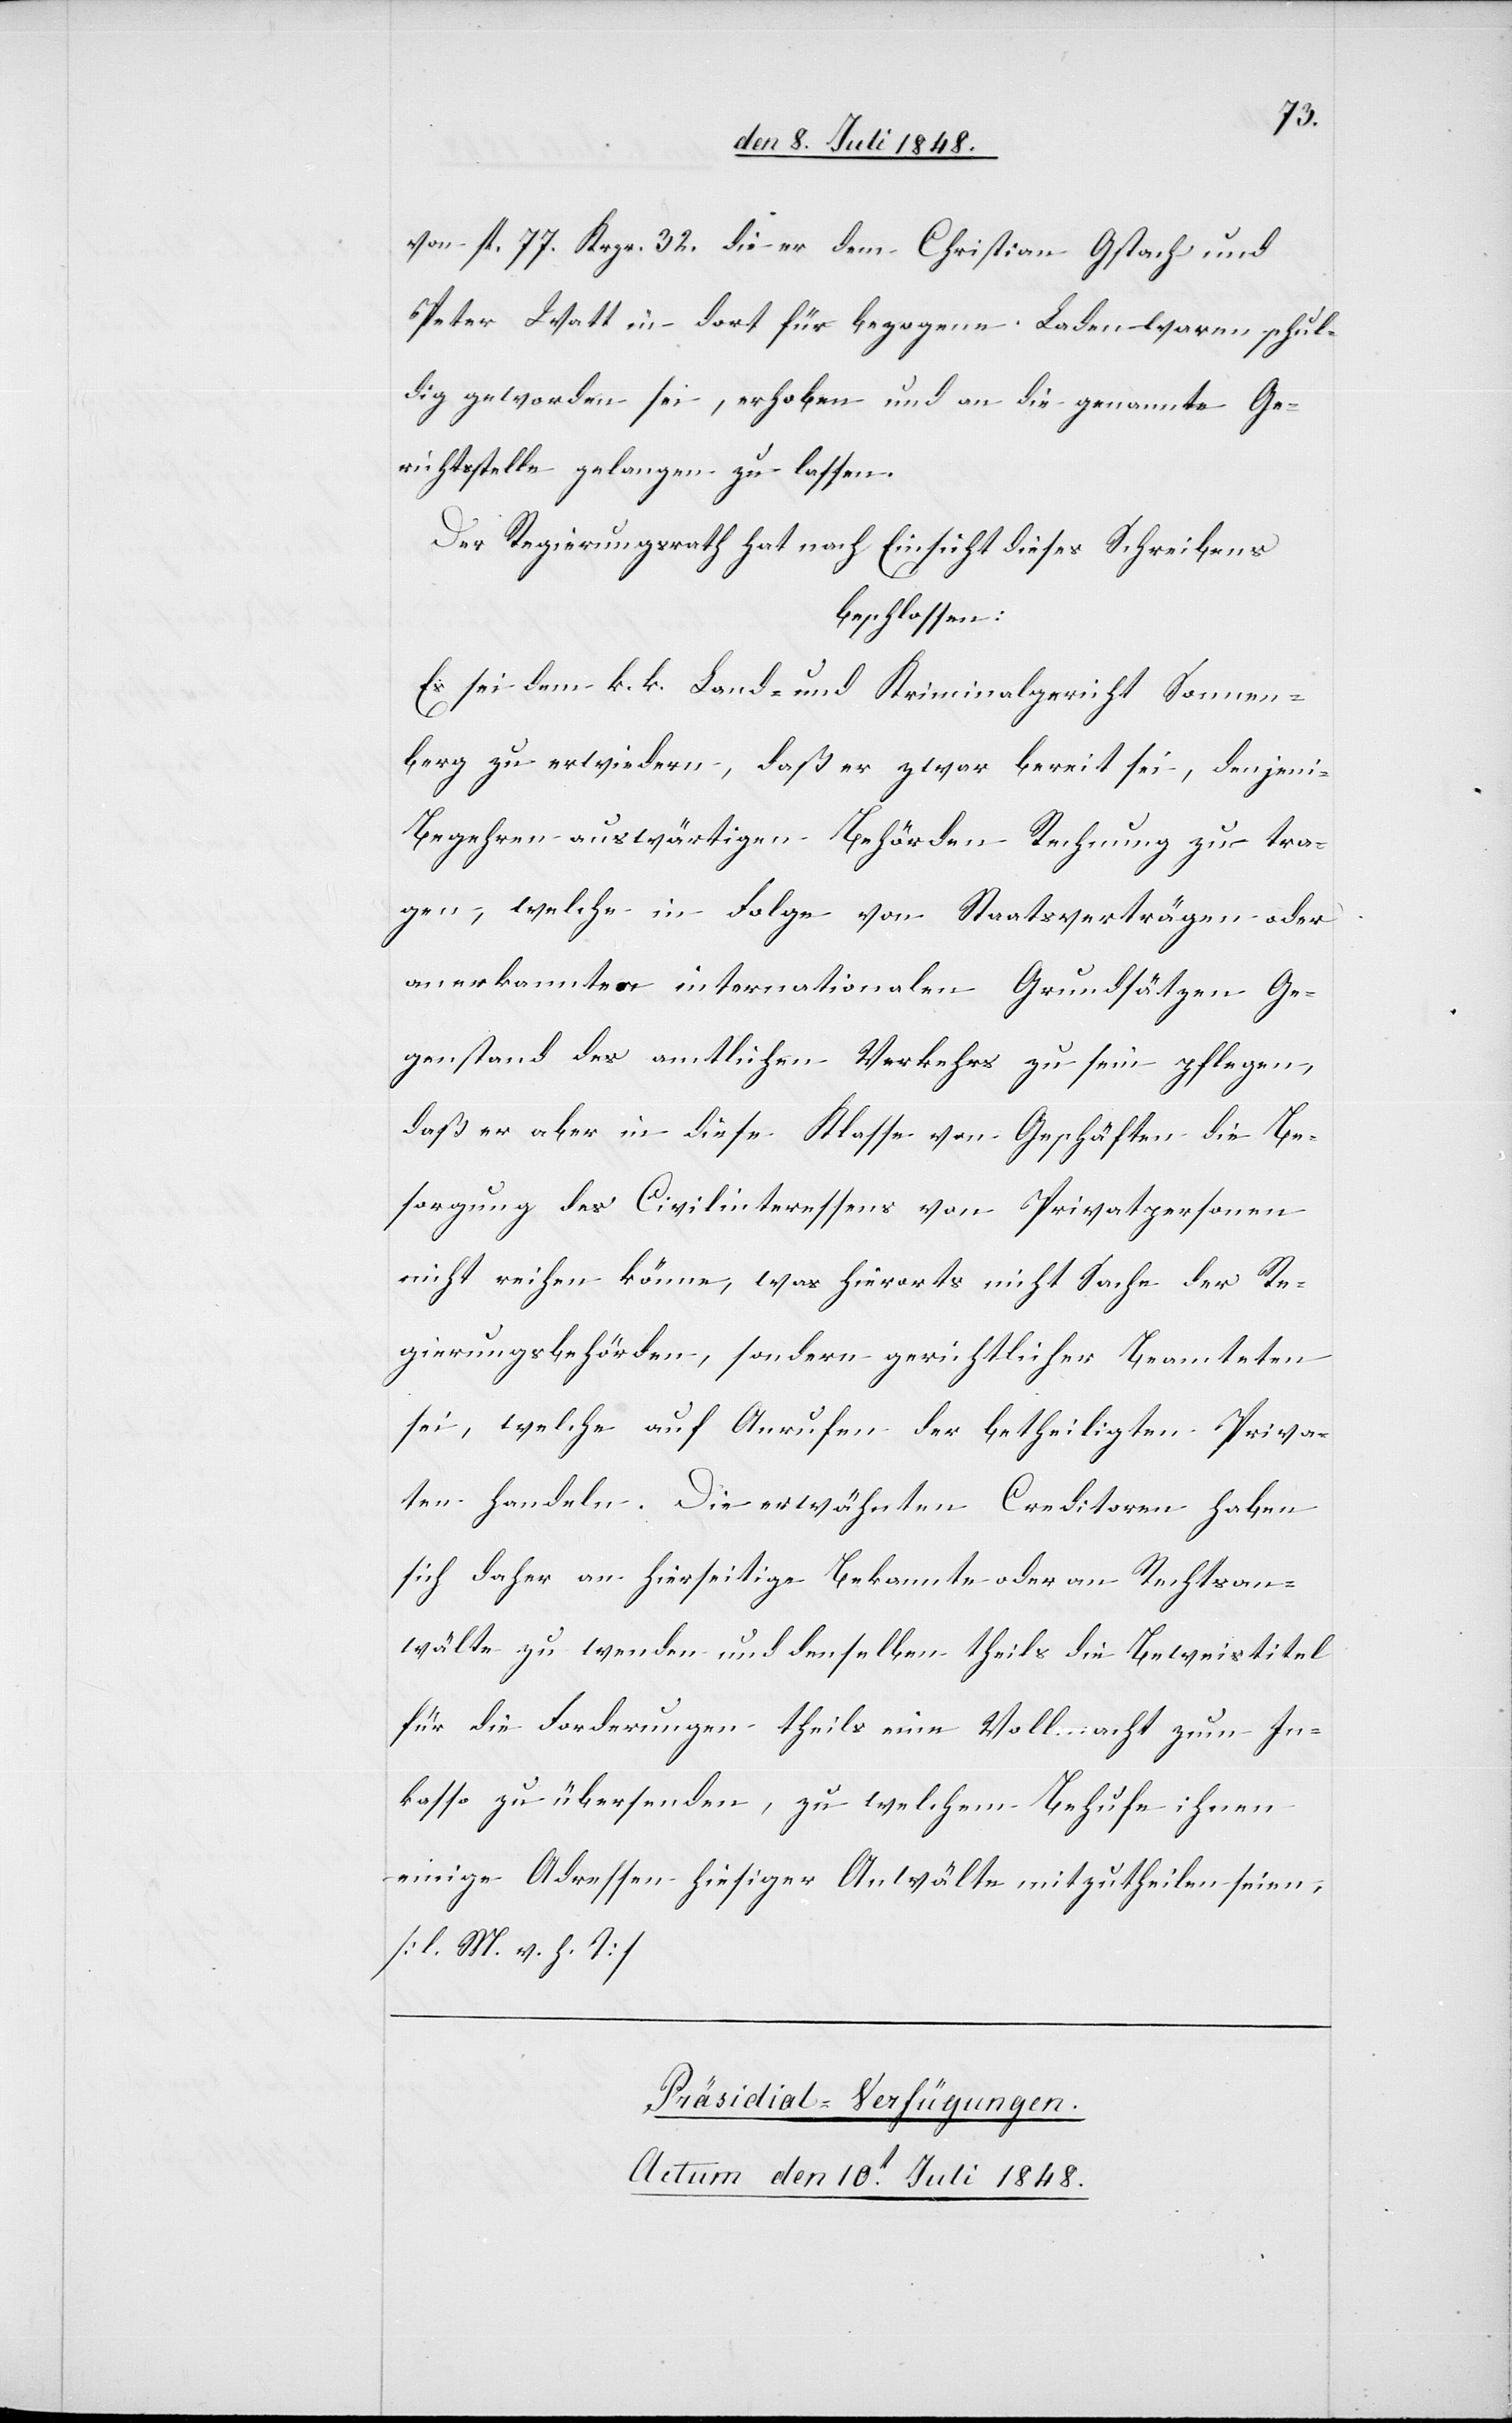
von fl. 77. Krzr. 32. die er dem Christian Gstach und
Peter Watt in dort für bezogene Ladenwaren schul¬
dig geworden sei, erhoben und an die genannte Ge¬
richtsstelle gelangen zu lassen.
Der Regierungsrath hat nach Einsicht dieses Schreibens
beschlossen:
Es sei dem k. k. Land- und Kriminalgericht Sonnen¬
berg zu erwiedern, daß er zwar bereit sei, denjeni[gen]
Begehren auswärtigen Behörden Rechnung zu tra¬
gen, welche in Folge von Staatsverträgen oder
anerkannten internationalen Grundsätzen Ge¬
genstand des amtlichen Verkehrs zu sein pflegen,
daß er aber in diese Klasse von Geschäften die Be¬
sorgung des Civilinteressens von Privatpersonen
nicht reichen könne, was hierorts nicht Sache der Re¬
gierungsbehörden, sondern gerichtlicher Beamteten
sei, welche auf Anrufen der betheiligten Priva¬
ten handeln. Die erwähnten Creditoren haben
sich daher an hierseitige Bekannte oder an Rechtsan¬
wälte zu wenden und denselben theils die Beweistitel
für die Forderungen theils eine Vollmacht zum In¬
kasso zu übersenden, zu welchem Behufe ihnen
einige Adressen hiesiger Anwälte mitzutheilen seien.
[l. M. v. h. T]
Präsidial-Verfügungen.
Actum den 10t Juli 1848